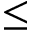
\leq